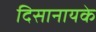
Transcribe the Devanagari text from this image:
दिसानायके